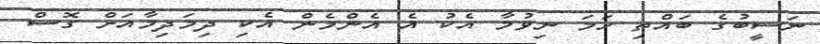
ނަސީބުގެ ބައްތި ހަމަ ނިވުމާ އެކު އެ އެންމެން އެކި ދިމަދިމާއަށް ގޮސް